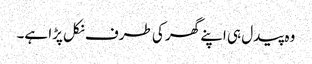
وہ پیدل ہی اپنے گھر کی طرف نکل پڑا ہے۔